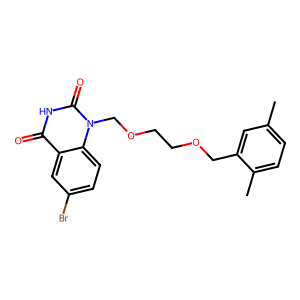
SMILES: Cc1ccc(C)c(COCCOCn2c(=O)[nH]c(=O)c3cc(Br)ccc32)c1
Inhibits HIV replication: No